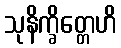
သုနိက္ခိတ္တေဟိ